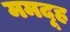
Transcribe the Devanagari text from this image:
ममदूह